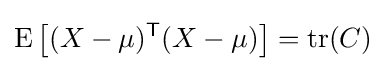
\operatorname {E} \left[(X-\mu )^{\mathsf {T}}(X-\mu )\right]=\operatorname {tr} (C)